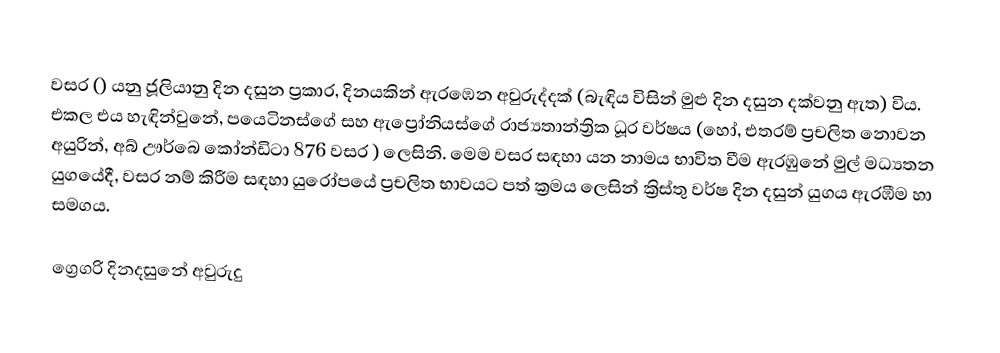

වසර   () යනු  ජූලියානු දින දසුන ප්‍රකාර,    දිනයකින් ඇරඹෙන  අවුරුද්දක්   (බැඳිය විසින් මුළු දින දසුන දක්වනු ඇත)  විය. එකල එය හැඳින්වුනේ, 	පයෙටිනස්ගේ	 සහ 	ඇප්‍රෝනියස්ගේ	  රාජ්‍යතාන්ත්‍රික  ධූර වර්ෂය  (හෝ, එතරම් ප්‍රචලිත නොවන අයුරින්,  අබ් ඌර්බෙ කෝන්ඩිටා 	876	  වසර  ) ලෙසිනි. මෙම වසර සඳහා   යන නාමය භාවිත වීම ඇරඹුනේ මුල් මධ්‍යතන යුගයේදී, වසර නම් කිරීම සඳහා යුරෝපයේ ප්‍රචලිත භාවයට පත් ක්‍රමය ලෙසින් ක්‍රිස්තු වර්ෂ දින දසුන් යුගය ඇරඹීම හා සමගය.

ග්‍රෙගරි දිනදසුනේ අවුරුදු